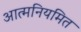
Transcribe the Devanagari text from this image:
आत्मनियमित